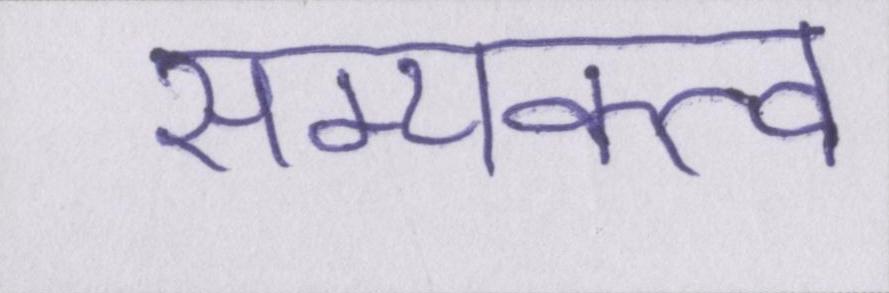
सम्यक्त्व